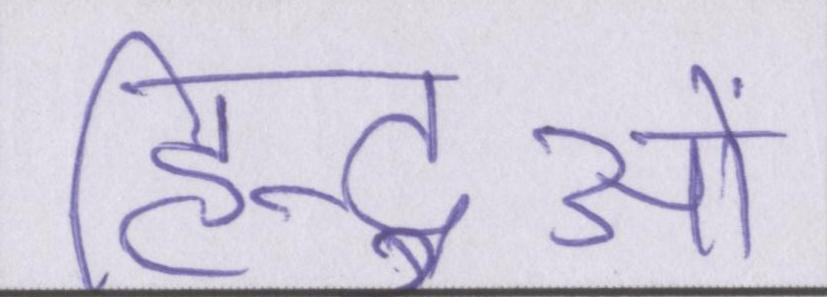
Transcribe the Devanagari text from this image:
हिन्दुओं